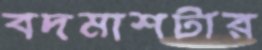
বদমাশটার